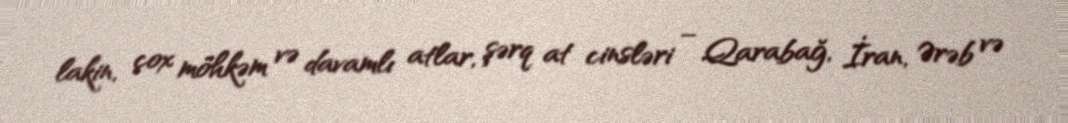
lakin, çox möhkəm və davamlı atlar, şərq at cinsləri – Qarabağ, İran, Ərəb və